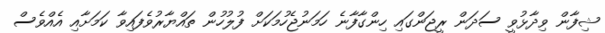
ޝިފާން ވިދާޅުވީ ސަދަން ރީޖަންގައި ހިންގާފާނެ ހަމަނުޖެހުމަކަށް ފުލުހުން ތައްޔާރުވެފައިވާ ކަމަށާއި އެއްވެސް